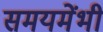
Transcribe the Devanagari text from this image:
समयमेंभी